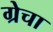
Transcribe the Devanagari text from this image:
ग्रेचा